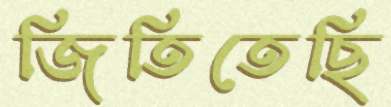
জিতিতেছি